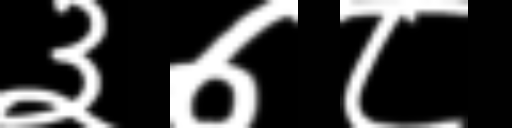
Text: ३७८